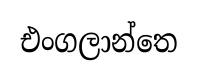
එංගලාන්තෙ